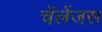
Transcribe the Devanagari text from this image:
चॅलेंजस